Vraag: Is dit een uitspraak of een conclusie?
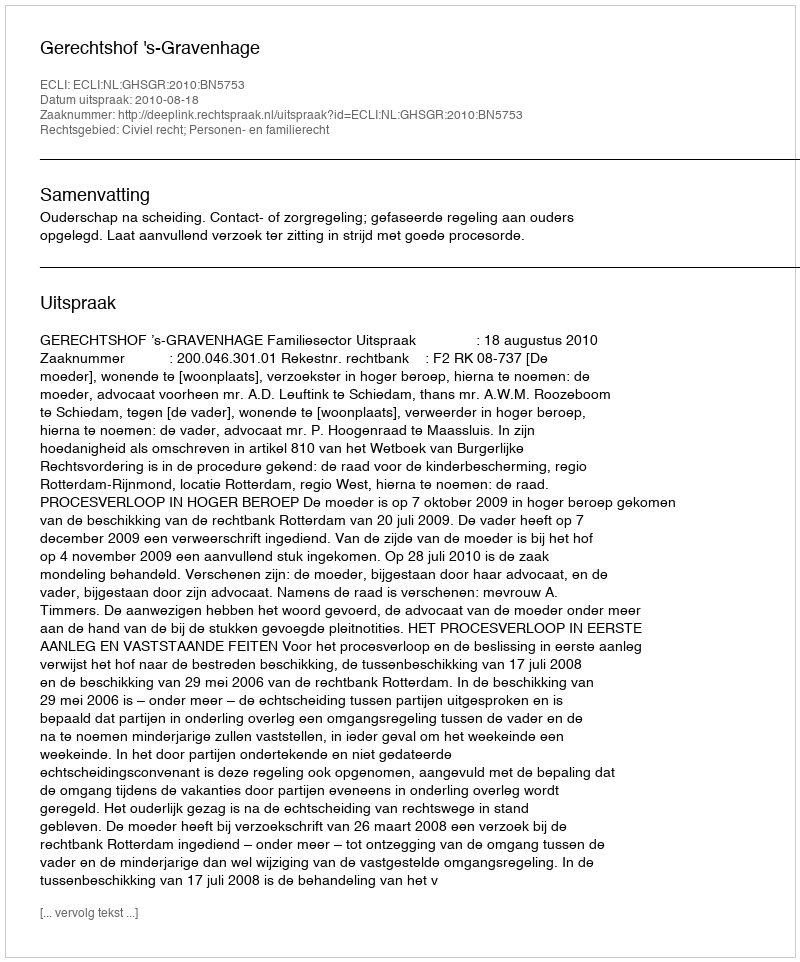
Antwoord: Uitspraak